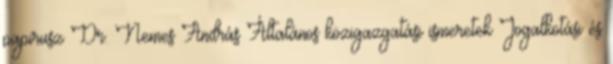
papirusz Dr. Nemes András Általános közigazgatási ismeretek Jogalkotási és